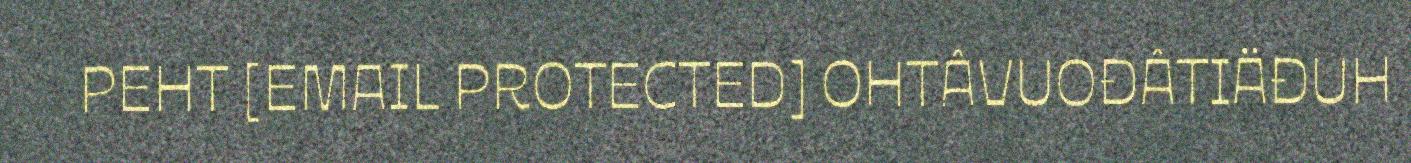
PEHT [EMAIL PROTECTED] OHTÂVUOĐÂTIÄĐUH